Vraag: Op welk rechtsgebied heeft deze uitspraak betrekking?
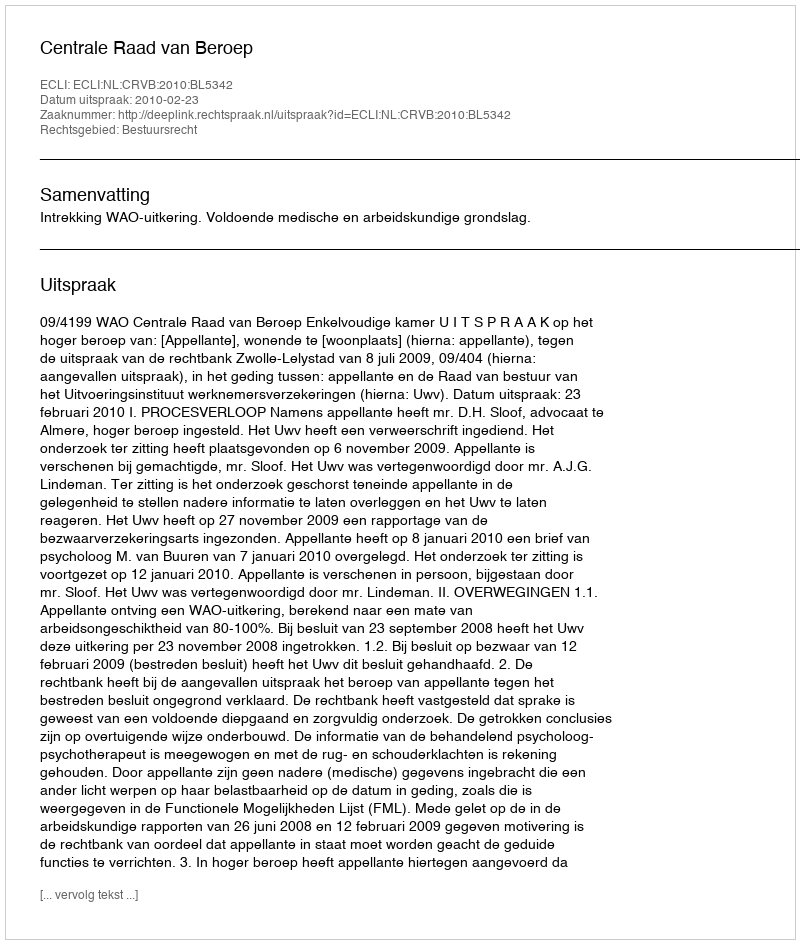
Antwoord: Bestuursrecht